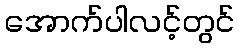
အောက်ပါလင့်တွင်